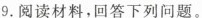
9.阅读材料，回答下列问题。